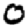
Digit: 0